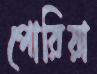
পোরিয়া